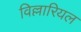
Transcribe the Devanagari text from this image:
विल्लारियल